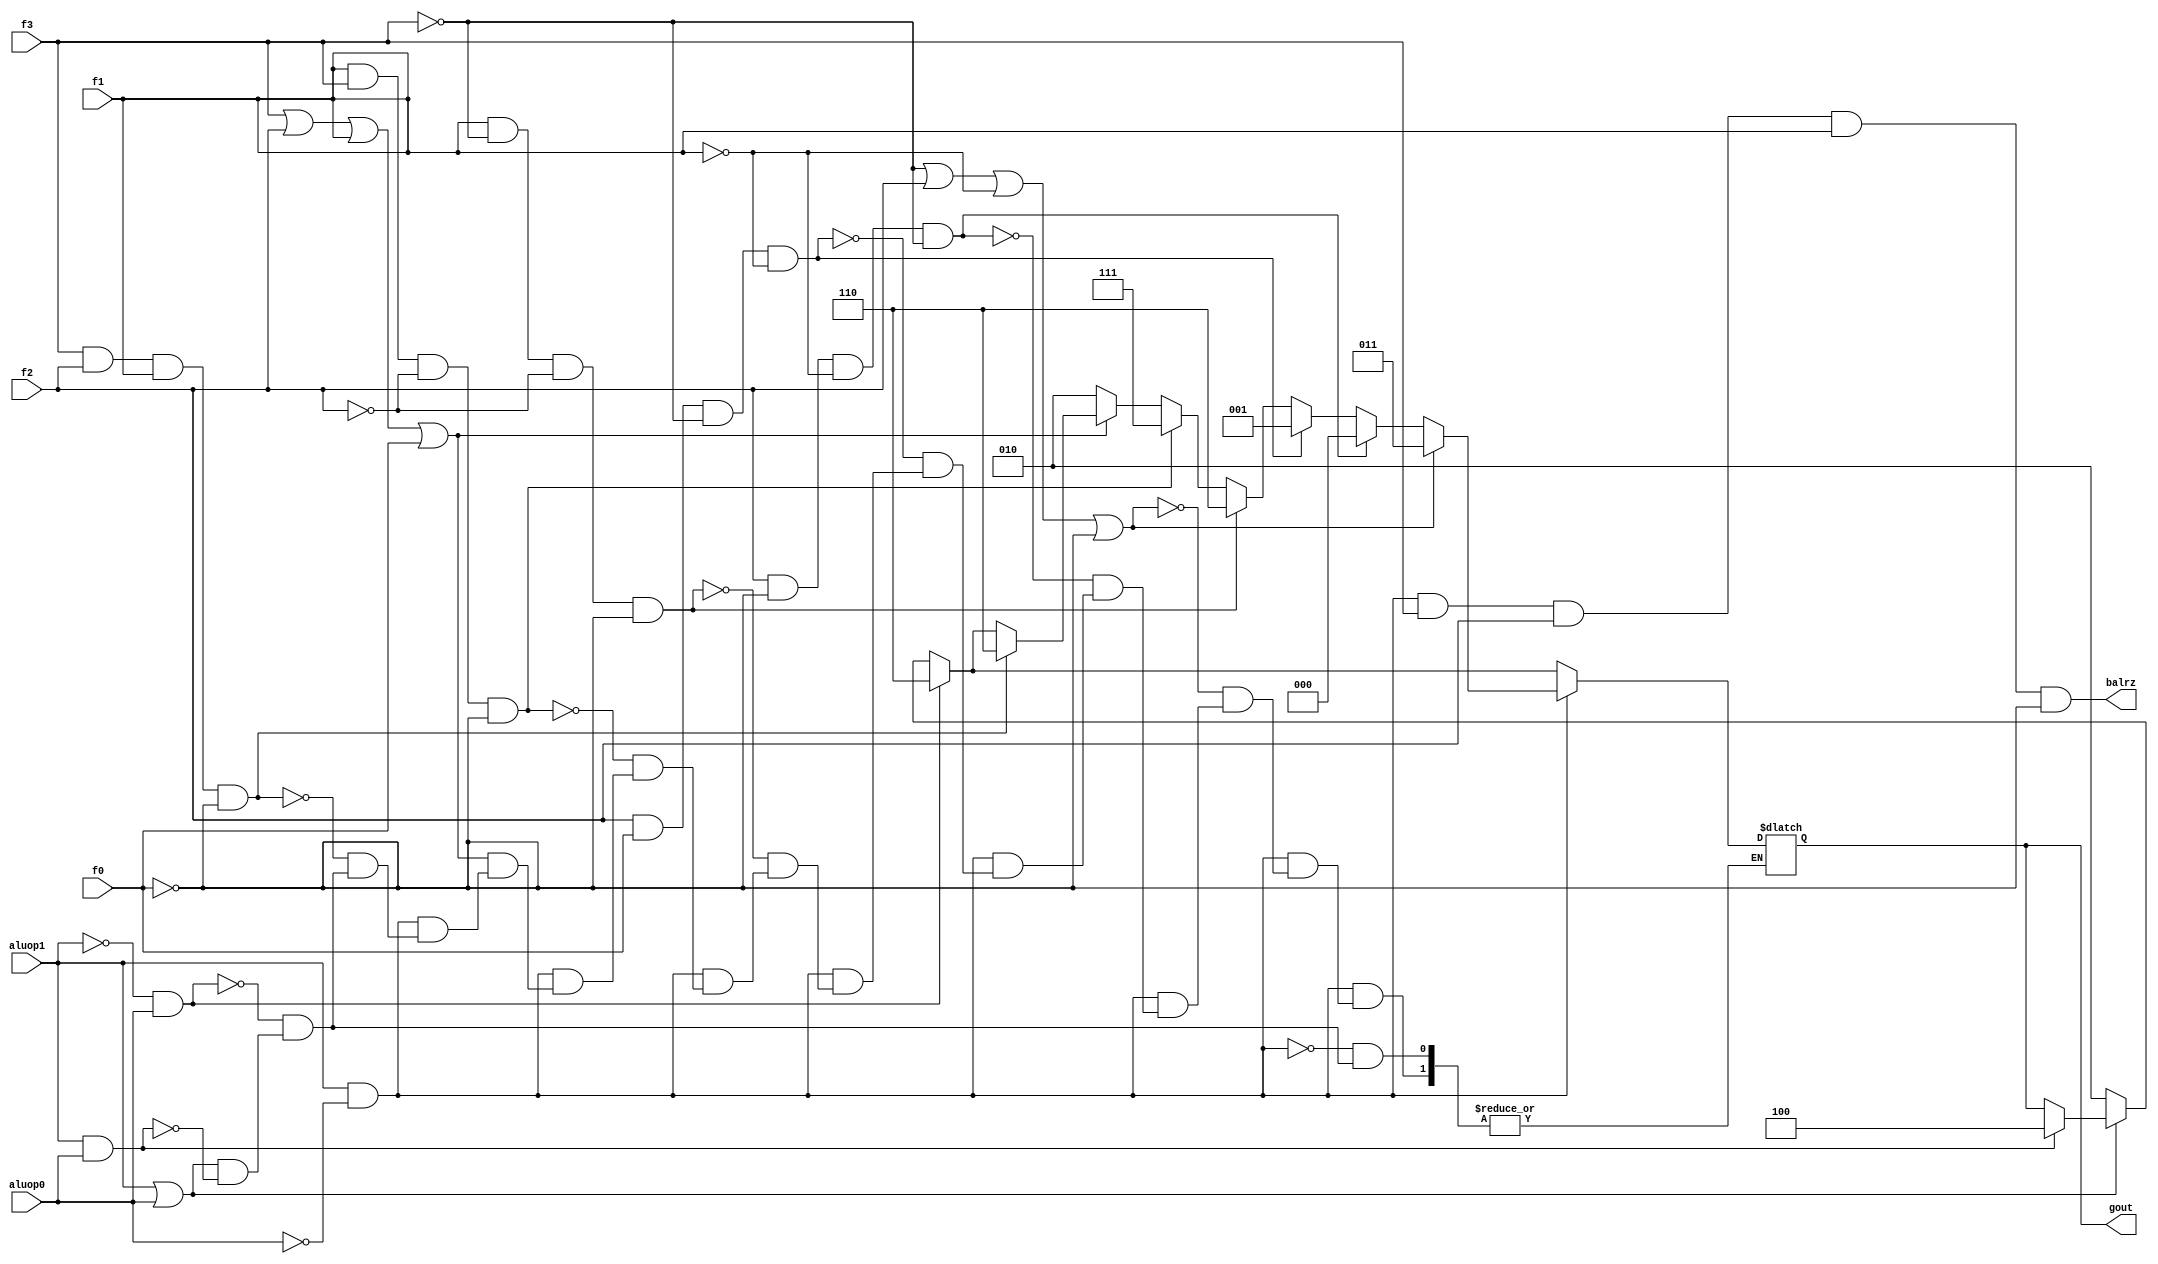
module alucont(aluop1,aluop0,f3,f2,f1,f0,gout,balrz);//Figure 4.12 
input aluop1,aluop0,f3,f2,f1,f0;
output [2:0] gout;
reg [2:0] gout;
output balrz;
wire balrz;
assign balrz = aluop1&(~aluop0) &  f3&	f2&		f1&		(~f0);	// r type and function code = 22

always @(aluop1 or aluop0 or f3 or f2 or f1 or f0)
begin

if(aluop1&aluop0)gout=3'b100;		//ALU control=100 (nori)
if(~(aluop1|aluop0))gout=3'b010;
if((~aluop1)&aluop0)gout=3'b110;
if(aluop1&(~aluop0))//R-type
begin

	// add new control signals are here 
	//	8		4		2		1
	//balrz has function code of 22, so probably we need and update here .x
	if ( f3&	f2&		f1&		(~f0))gout = 3'b110;

	if (~(f3|f2|f1|f0))gout=3'b010; 	//function code=0000,ALU control=010 (add)
	if (f1&f3&(~f2)&(~f0))gout=3'b111;			//function code=1010,ALU control=111 (set on less than)
	if (f1&~(f3)&~(f2)&~(f0))gout=3'b110;		//function code=0010,ALU control=110 (sub)
	if (f2&f0&~(f3)&~(f1))gout=3'b001;			//function code=0101,ALU control=001 (or)
	if (f2&~(f0)&~(f1)&~(f3))gout=3'b000;		//function code=0100,ALU control=000 (and)
	if((~f3)|f2|(~f1)|(~f0))gout=3'b011;	//function code=0100, ALU control=011 (sll)
	
end
end

endmodule